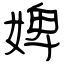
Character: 婢